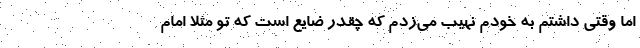
اما وقتی داشتم به خودم نهیب می‌زدم که چقدر ضایع است که تو مثلا امام